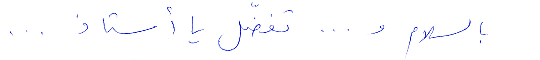
بالسلام و... تفضّل يا أستاذ...